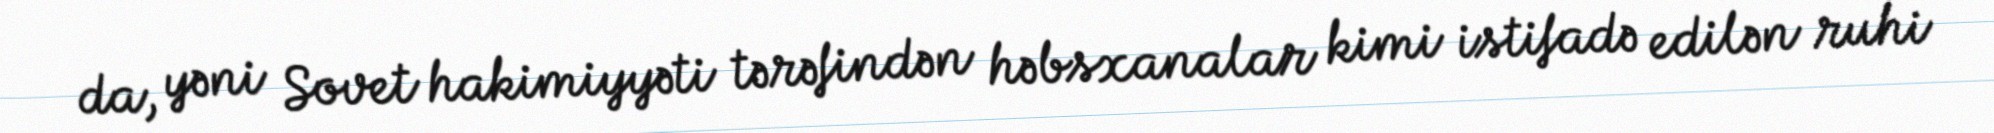
da, yəni Sovet hakimiyyəti tərəfindən həbsxanalar kimi istifadə edilən ruhi